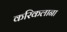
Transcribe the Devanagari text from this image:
करिकलाना